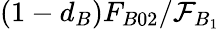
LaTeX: (1-d_{B})F_{B02}/\mathcal{F}_{B_{1}}